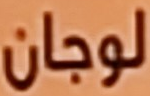
لوجان